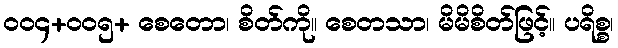
ဝဝ၄+ဝဝ၅+ စေတော၊ စိတ်ကို။ စေတသာ၊ မိမိစိတ်ဖြင့်။ ပရိစ္စ၊